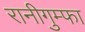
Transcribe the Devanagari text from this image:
रानीगुम्फा